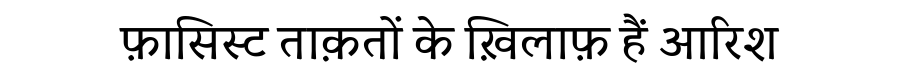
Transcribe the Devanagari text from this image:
फ़ासिस्ट ताक़तों के ख़िलाफ़ हैं आरिश